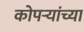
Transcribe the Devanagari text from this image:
कोपर्‍यांच्या